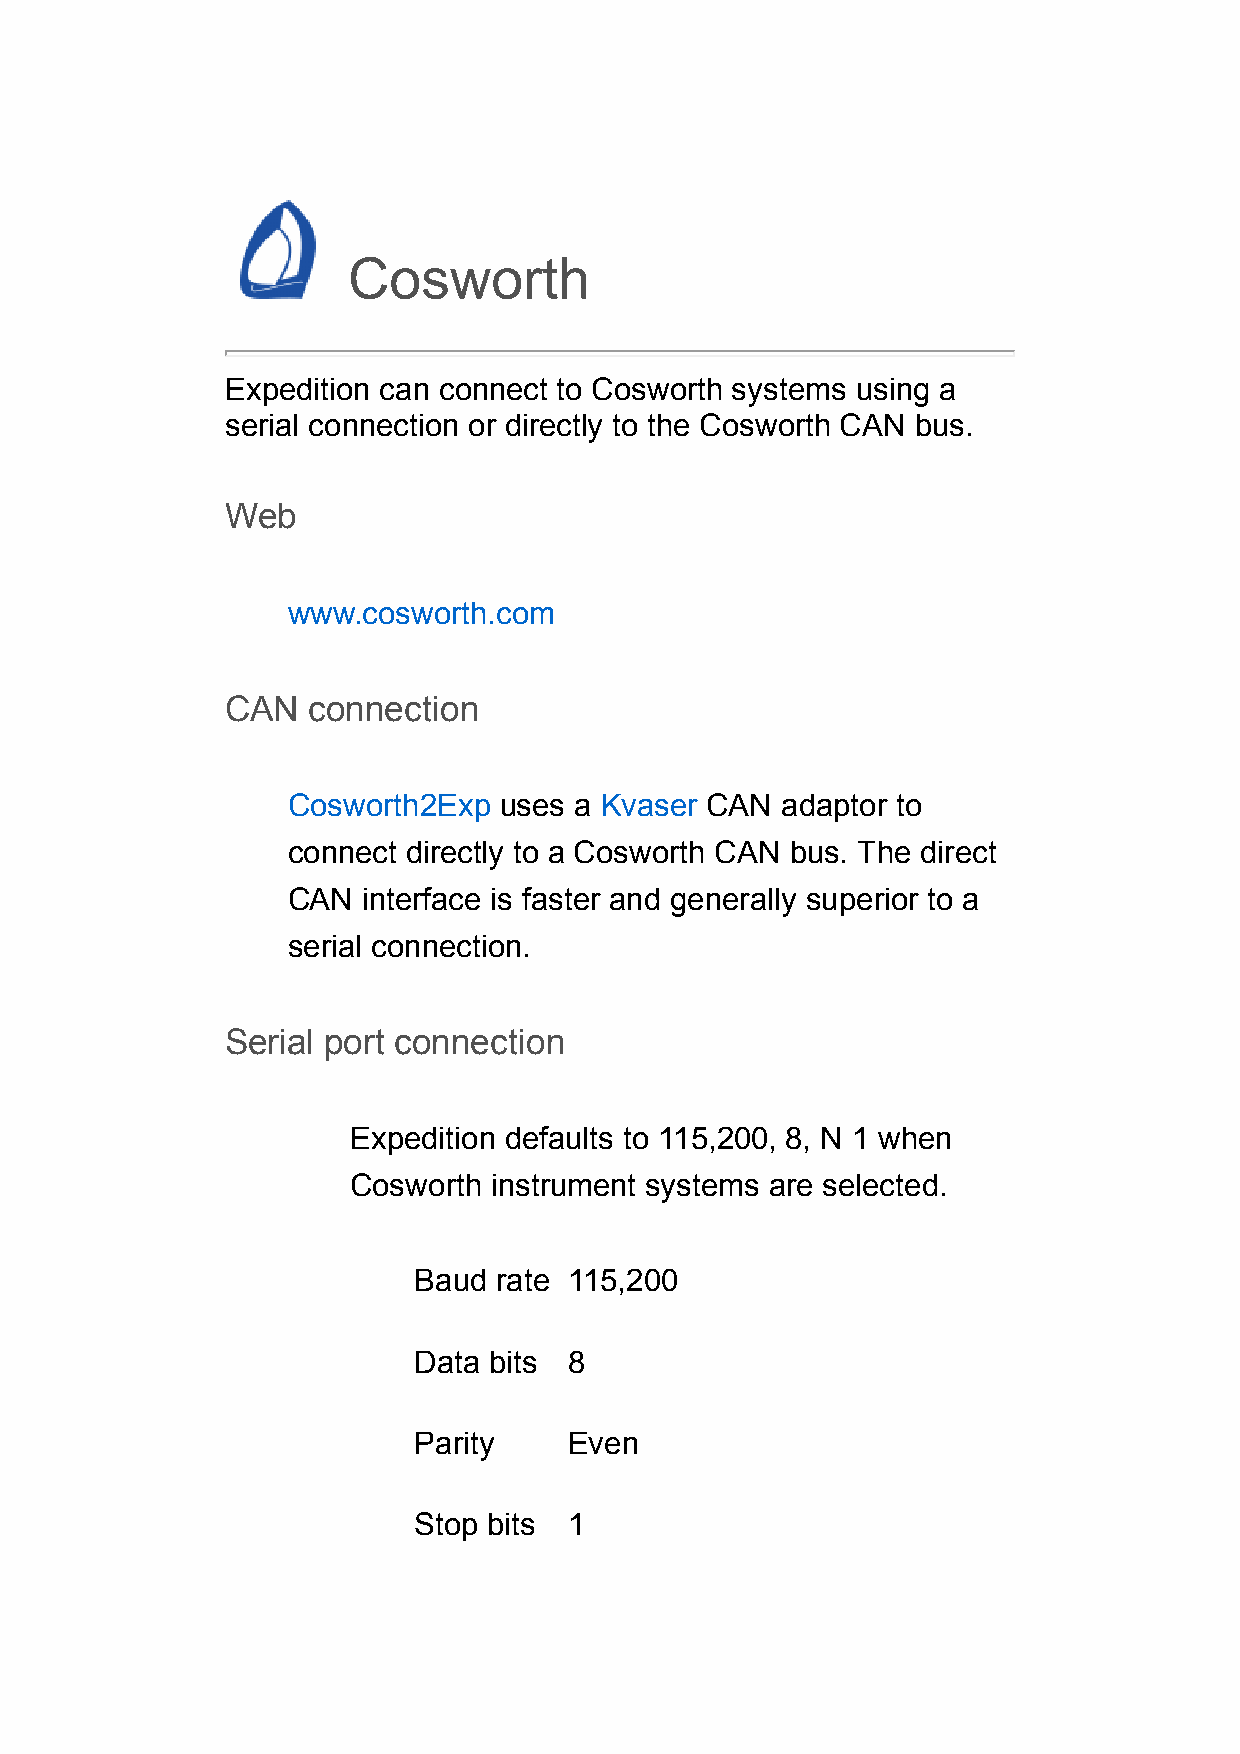
Cosworth
 Expedition can connect to Cosworth systems using a
 serial connection or directly to the Cosworth CAN bus.
 Web
 www.cosworth.com
 CAN  connection
 Cosworth2Exp  uses a Kvaser CAN  adaptor to
 connect directly to a Cosworth CAN bus. The direct
 CAN  interface is faster and generally superior to a
 serial connection.
 Serial port connection
 Expedition defaults to 115,200, 8, N 1 when
 Cosworth instrument systems are selected.
 Baud  rate 115,200
 Data bits  8
 Parity     Even
 Stop bits  1